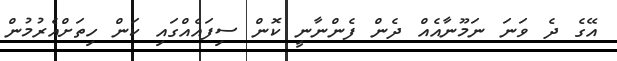
އޭގެ ދެ ވަނަ ނަމޫނާއެއް ދެން ފެންނާނީ ކޮން ސިފައެއްގައި ކަން ހިތަށްއެރުމުން